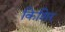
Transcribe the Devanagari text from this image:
किशिर